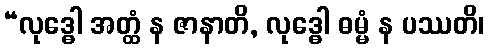
“လုဒ္ဓေါ အတ္ထံ န ဇာနာတိ, လုဒ္ဓေါ ဓမ္မံ န ပဿတိ၊